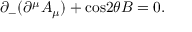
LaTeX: { \partial } _ { - } ( { \partial } ^ { \mu } A _ { \mu } ) + \mathrm { c o s } 2 { \theta } B = 0 .